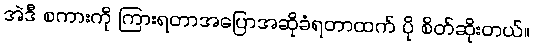
အဲဒီ စကားကို ကြားရတာအပြောအဆိုခံရတာထက် ပို စိတ်ဆိုးတယ်။